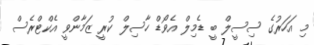
މި އަހަރުގެ ސިސީލް ބީ ޑެމިލް އެވޯޑް ހާސިލް ކުރީ ޒަމާންވީ އެކްޓްރެސް